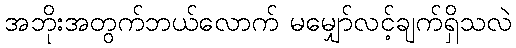
အဘိုးအတွက်ဘယ်လောက် မမျှော်လင့်ချက်ရှိသလဲ